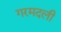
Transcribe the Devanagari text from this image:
गरमदली